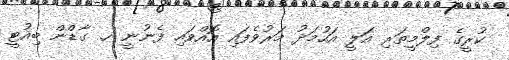
ކުރީގެ ފިލްމީތަރި އަލީ އަހުމަދު މަރުވެފައި އޮއްވައި ފެނުނީ ހ. ގާޑްން ބިއުޓީ